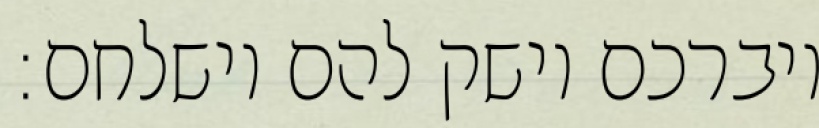
ויברכם וישק להם וישלחם: